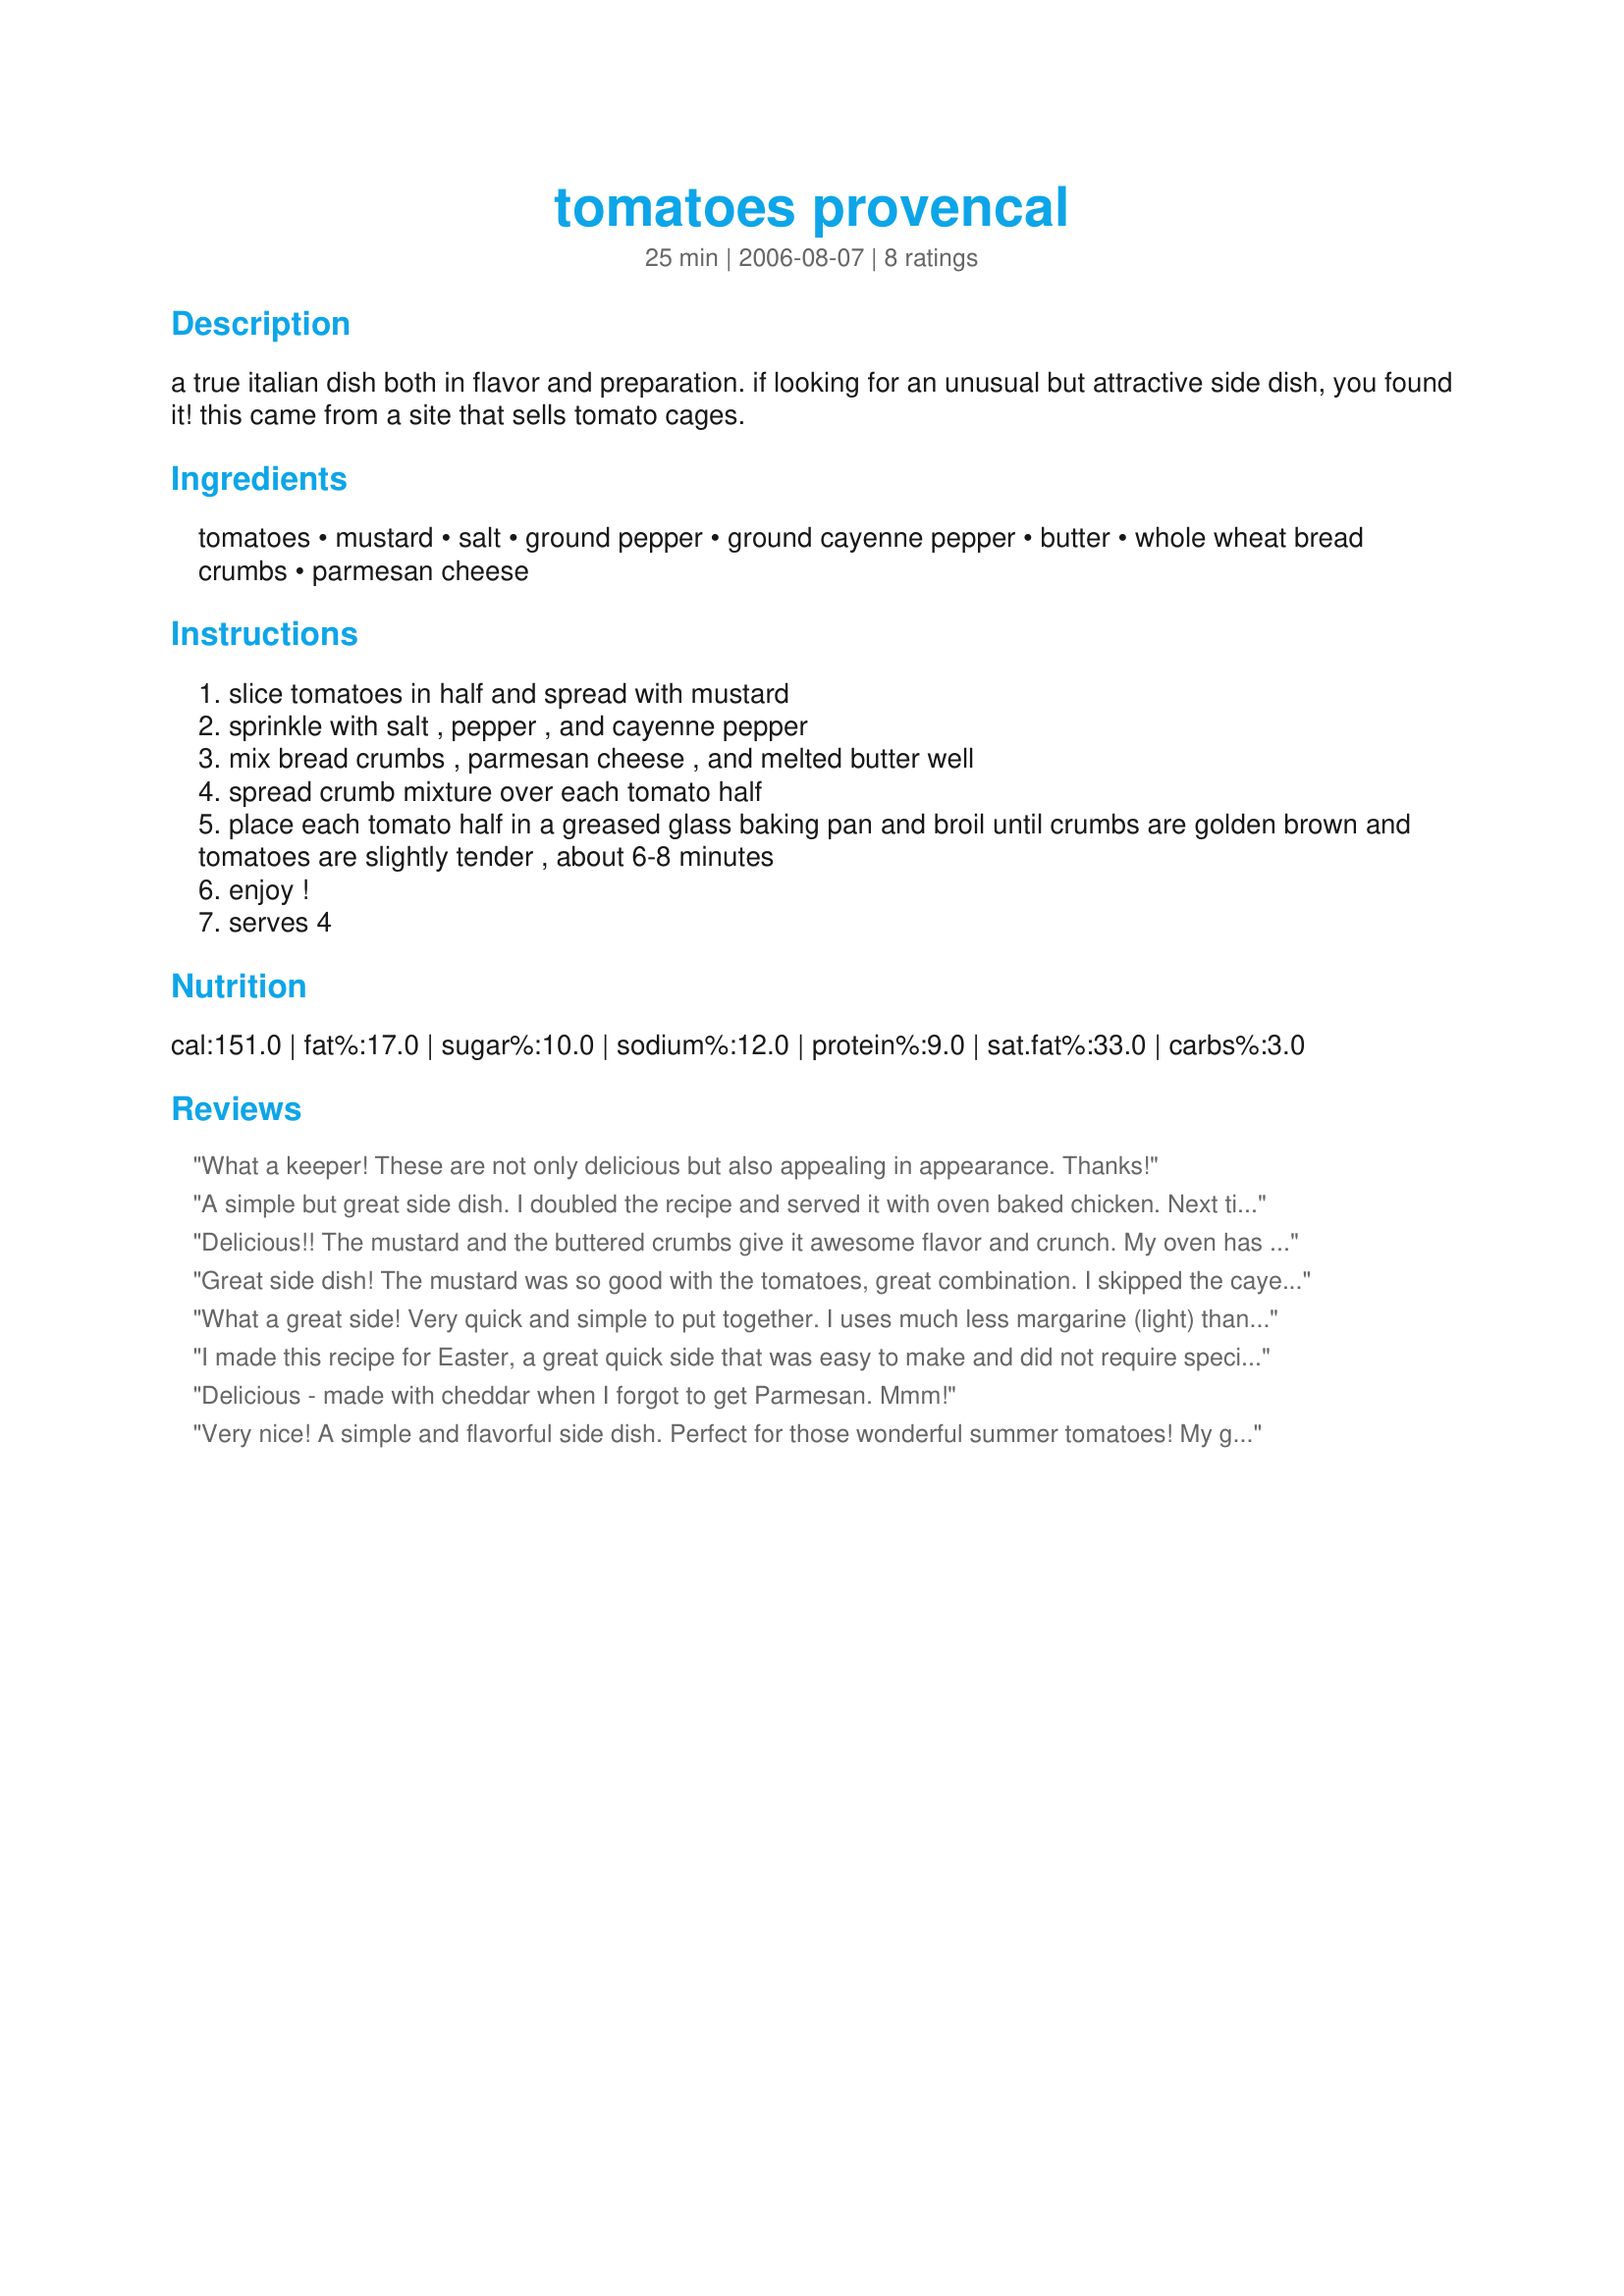
tomatoes provencal
Preparation time: 25 minutes

a true italian dish both in flavor and preparation. if looking for an unusual but attractive side dish, you found it!
this came from a site that sells tomato cages.

Ingredients:
tomatoes, mustard, salt, ground pepper, ground cayenne pepper, butter, whole wheat bread crumbs, parmesan cheese

Steps:
slice tomatoes in half and spread with mustard
sprinkle with salt , pepper , and cayenne pepper
mix bread crumbs , parmesan cheese , and melted butter well
spread crumb mixture over each tomato half
place each tomato half in a greased glass baking pan and broil until crumbs are golden brown and tomatoes are slightly tender , about 6-8 minutes
enjoy !
serves 4

Reviews:
What a keeper! These are not only delicious but also appealing in appearance. Thanks!
A simple but great side dish. I doubled the recipe and served it with oven baked chicken. Next time I might add some garlic. Thanks Sharon!
Delicious!! The mustard and the buttered crumbs give it awesome flavor and crunch. My oven has a low and high broiler, so I did 5 min on low and 5 on high and it was perfect. I will make this again and again, thank you for sharing
Great side dish! The mustard was so good with the tomatoes, great combination. I skipped the cayenne and reduced the parmesan and the butter. I had it with Easy Garlic Chicken Breasts #615. Excellent! Thanks Sharon, its a keeper.
What a great side! Very quick and simple to put together. I uses much less margarine (light) than the butter ask for, just enough the help the crumbs clump together. The mustard really makes this special, I used grainy Dijon. Yummm, made for Photo Tag.
I made this recipe for Easter, a great quick side that was easy to make and did not require special ingredients!! I made this with deli style mustard that had horseradish in it, so I omitted the cayenne pepper. My husband really liked the kick that the mustard gave. We both agreed that this would be much better with SUMMER tomatoes, but what can you do this time of year? Anyways I realized I was out of parmesean cheese so I used regular grated cheddar cheese and it turned out great!! I loved how simple and easy this was to make. I will be making this again. Thanks for a great recipe!!!
Delicious - made with cheddar when I forgot to get Parmesan. Mmm!
Very nice! A simple and flavorful side dish. Perfect for those wonderful summer tomatoes! My guess is that this recipe will make those yucky winter tomatoes quite tastey as well. Thanks Sharon!
